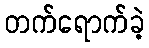
တက်ရောက်ခဲ့